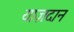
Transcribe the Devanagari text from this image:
याज़दान